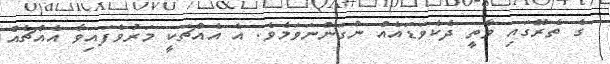
ގެ ތެރޭގައި ވާތީ ދެކެވަޑައެއް ނުގަންނަވަމެވެ. އެ އެއްޗަކީ މަރުވެފައިވާ އެއްޗެއް